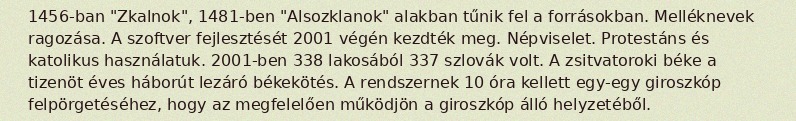
1456-ban "Zkalnok", 1481-ben "Alsozklanok" alakban tűnik fel a forrásokban. Melléknevek ragozása. A szoftver fejlesztését 2001 végén kezdték meg. Népviselet. Protestáns és katolikus használatuk. 2001-ben 338 lakosából 337 szlovák volt. A zsitvatoroki béke a tizenöt éves háborút lezáró békekötés. A rendszernek 10 óra kellett egy-egy giroszkóp felpörgetéséhez, hogy az megfelelően működjön a giroszkóp álló helyzetéből.